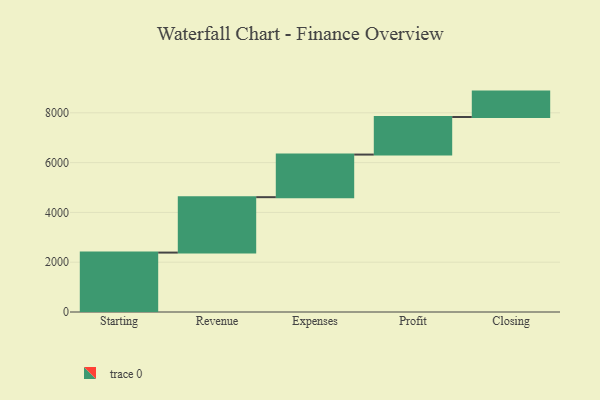
{"axis": {"x": "Step", "y": "Value"}, "legend": [""], "data": [{"x": "Starting", "y": 2386.0, "type": ""}, {"x": "Revenue", "y": 2226.0, "type": ""}, {"x": "Expenses", "y": 1711.0, "type": ""}, {"x": "Profit", "y": 1508.0, "type": ""}, {"x": "Closing", "y": 1021.0, "type": ""}]}